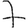
Digit: 7